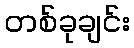
တစ်ခုချင်း